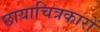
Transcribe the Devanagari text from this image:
छायाचित्रकारों